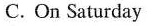
C.On Saturday